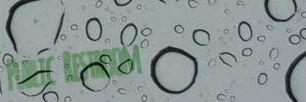
Public Restroom